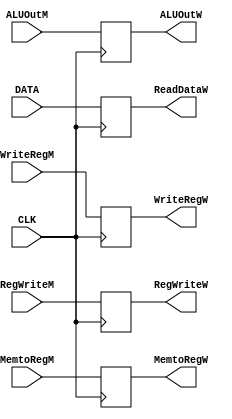
`timescale 100fs/100fs

module MEM_WB(CLK, RegWriteM, MemtoRegM, RegWriteW, ALUOutM, DATA, WriteRegM, WriteRegW,ALUOutW,ReadDataW,MemtoRegW);

input CLK;
input [4:0] WriteRegM;
input [31:0] DATA;
input [31:0] ALUOutM;
input RegWriteM, MemtoRegM;
output reg RegWriteW,MemtoRegW;
output reg [31:0] ALUOutW,ReadDataW;
output reg[4:0] WriteRegW;

initial begin
  RegWriteW <= 0;
  ALUOutW<=0;
  ReadDataW<=0;
  WriteRegW <= 0;
  MemtoRegW <= 0;
end

always @(posedge CLK) begin
    RegWriteW <= RegWriteM;
    ALUOutW<=ALUOutM;
    ReadDataW<=DATA;
    WriteRegW <= WriteRegM;
    MemtoRegW <= MemtoRegM;
end

endmodule